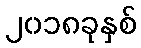
၂၀၁၈ခုနှစ်